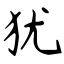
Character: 犹